65_HS1-834228961_62-HQ-83894_Section_9
Agency: FBI
Page 7
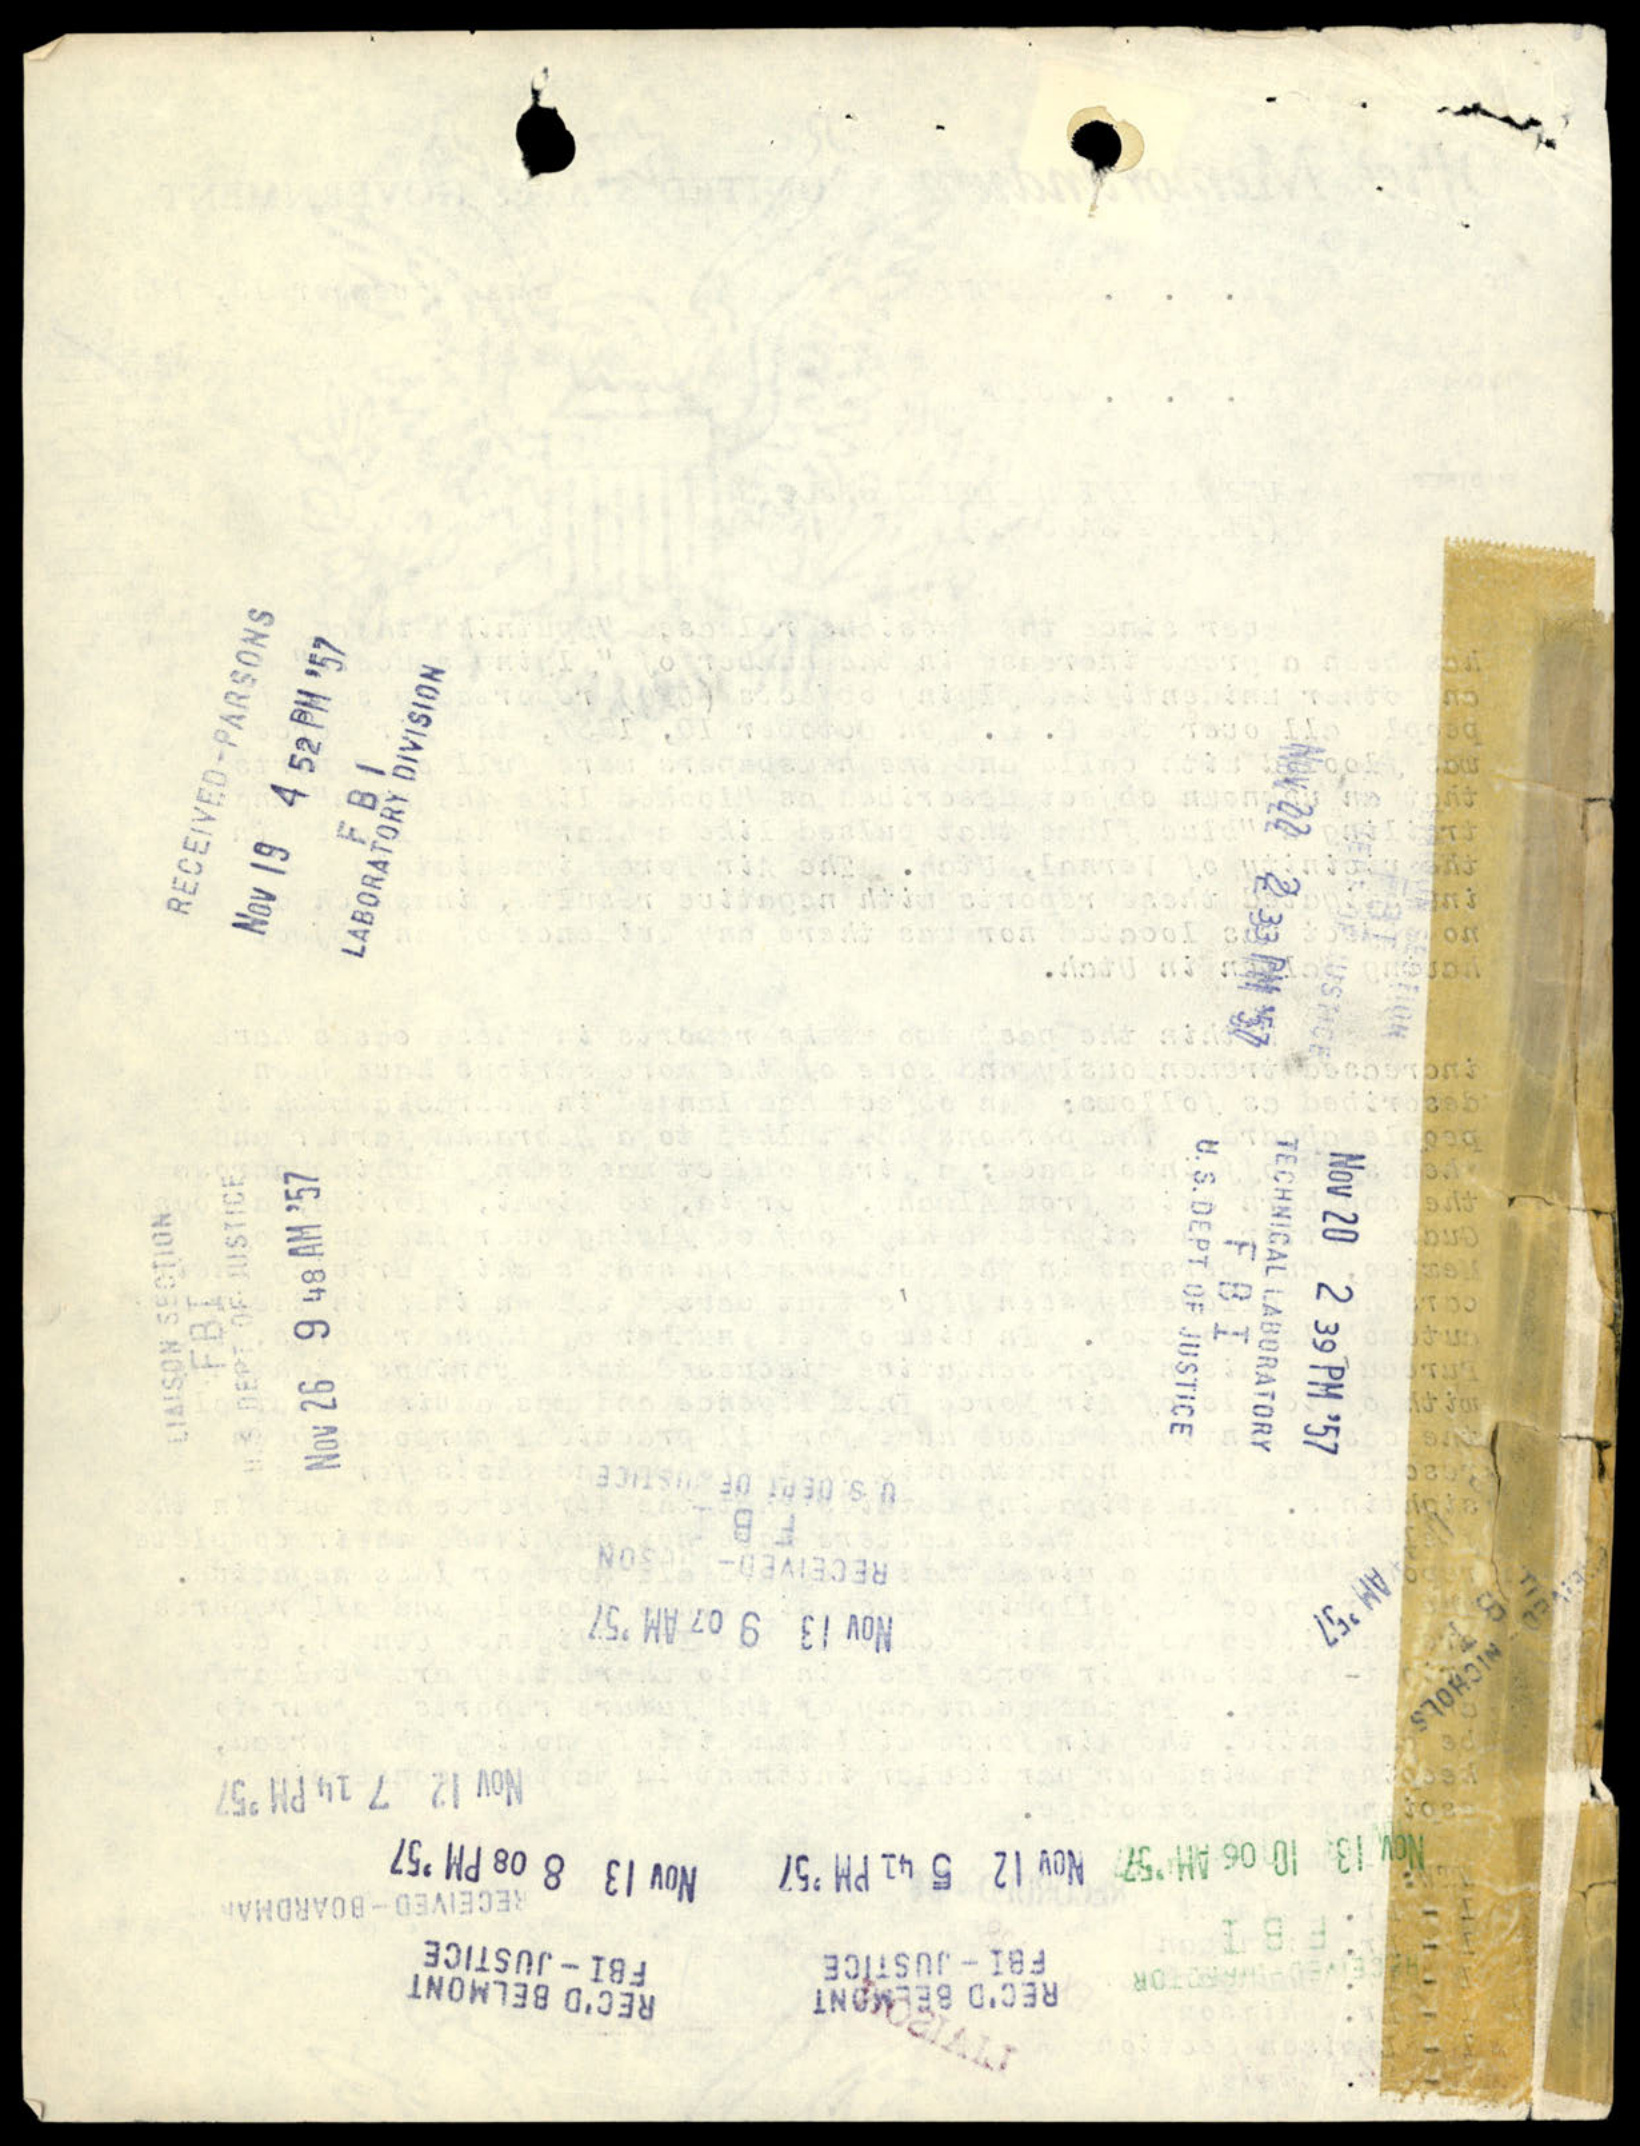